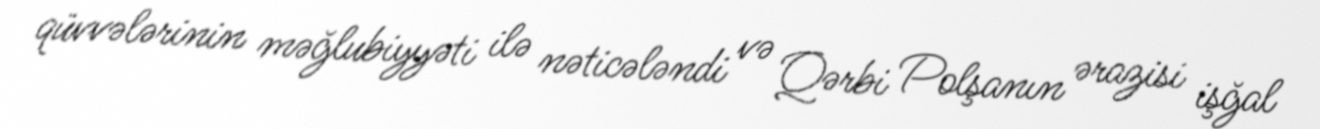
qüvvələrinin məğlubiyyəti ilə nəticələndi və Qərbi Polşanın ərazisi işğal